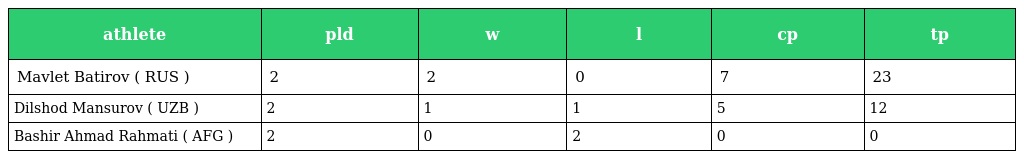
| athlete | pld | w | l | cp | tp |
 | --- | --- | --- | --- | --- | --- |
 | Mavlet Batirov ( RUS ) | 2 | 2 | 0 | 7 | 23 |
 | Dilshod Mansurov ( UZB ) | 2 | 1 | 1 | 5 | 12 |
 | Bashir Ahmad Rahmati ( AFG ) | 2 | 0 | 2 | 0 | 0 |